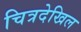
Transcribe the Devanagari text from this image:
चित्रदेखिल